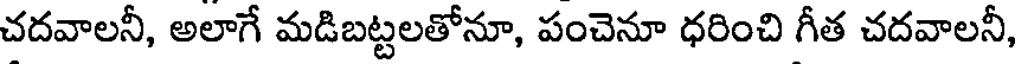
చదవాలనీ, అలాగే మడిబట్టలతోనూ, పంచెనూ ధరించి గీత చదవాలనీ,